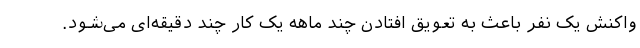
واکنش یک نفر باعث به تعویق افتادن چند ماهه یک کار چند دقیقه‌ای می‌شود.